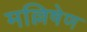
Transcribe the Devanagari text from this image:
मल्लिषेण